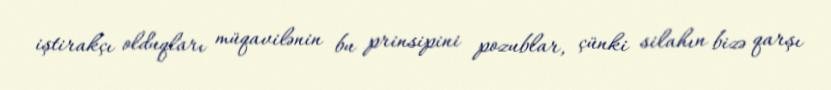
iştirakçı olduqları müqavilənin bu prinsipini pozublar, çünki silahın bizə qarşı